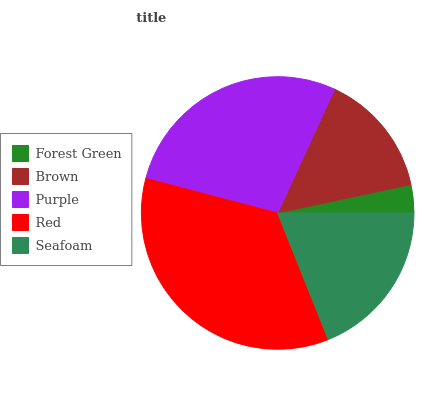
| Forest Green | Brown | Purple | Red | Seafoam |
 | --- | --- | --- | --- | --- |
 | 3.34% | 14.8% | 27.8% | 35.1% | 18.9% |